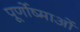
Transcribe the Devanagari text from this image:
पूर्णोष्माओं